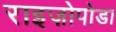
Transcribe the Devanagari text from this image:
राइज़ोपोडा